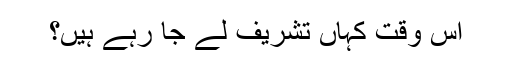
اس وقت کہاں تشریف لے جا رہے ہیں؟